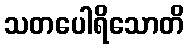
သတပေါရိသောတိ